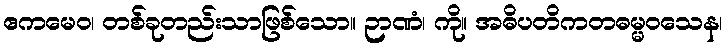
ဧကမေဝ၊ တစ်ခုတည်းသာဖြစ်သော။ ဉာဏံ၊ ကို။ အဓိပတိကတဓမ္မဝသေန၊